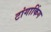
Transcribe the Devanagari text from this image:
टांगाकिंग